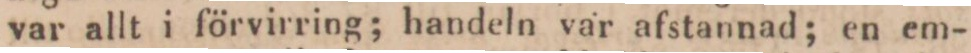
var allt i förvirring; handeln var afstannad; en em-